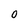
Character: 0